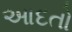
આદતો